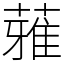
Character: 蕥